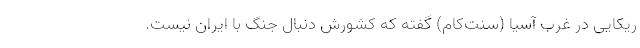
ریکایی در غرب آسیا (سنت‌کام) گفته که کشورش دنبال جنگ با ایران نیست.